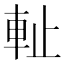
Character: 𨊺